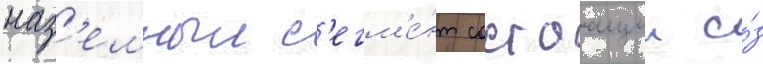
наз'емныи с'егм'е́нт состоащии и́з